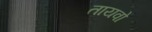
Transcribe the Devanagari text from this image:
तायवो